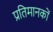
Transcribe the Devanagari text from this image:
प्रतिमानकों